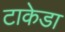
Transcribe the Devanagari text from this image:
टाकेडा